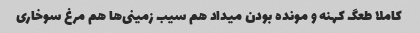
کاملا طعگ کهنه و مونده بودن میداد هم سیب زمینی‌ها هم مرغ سوخاری